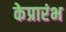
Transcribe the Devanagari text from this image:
केप्रारंभ